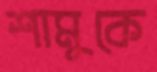
শামুকে